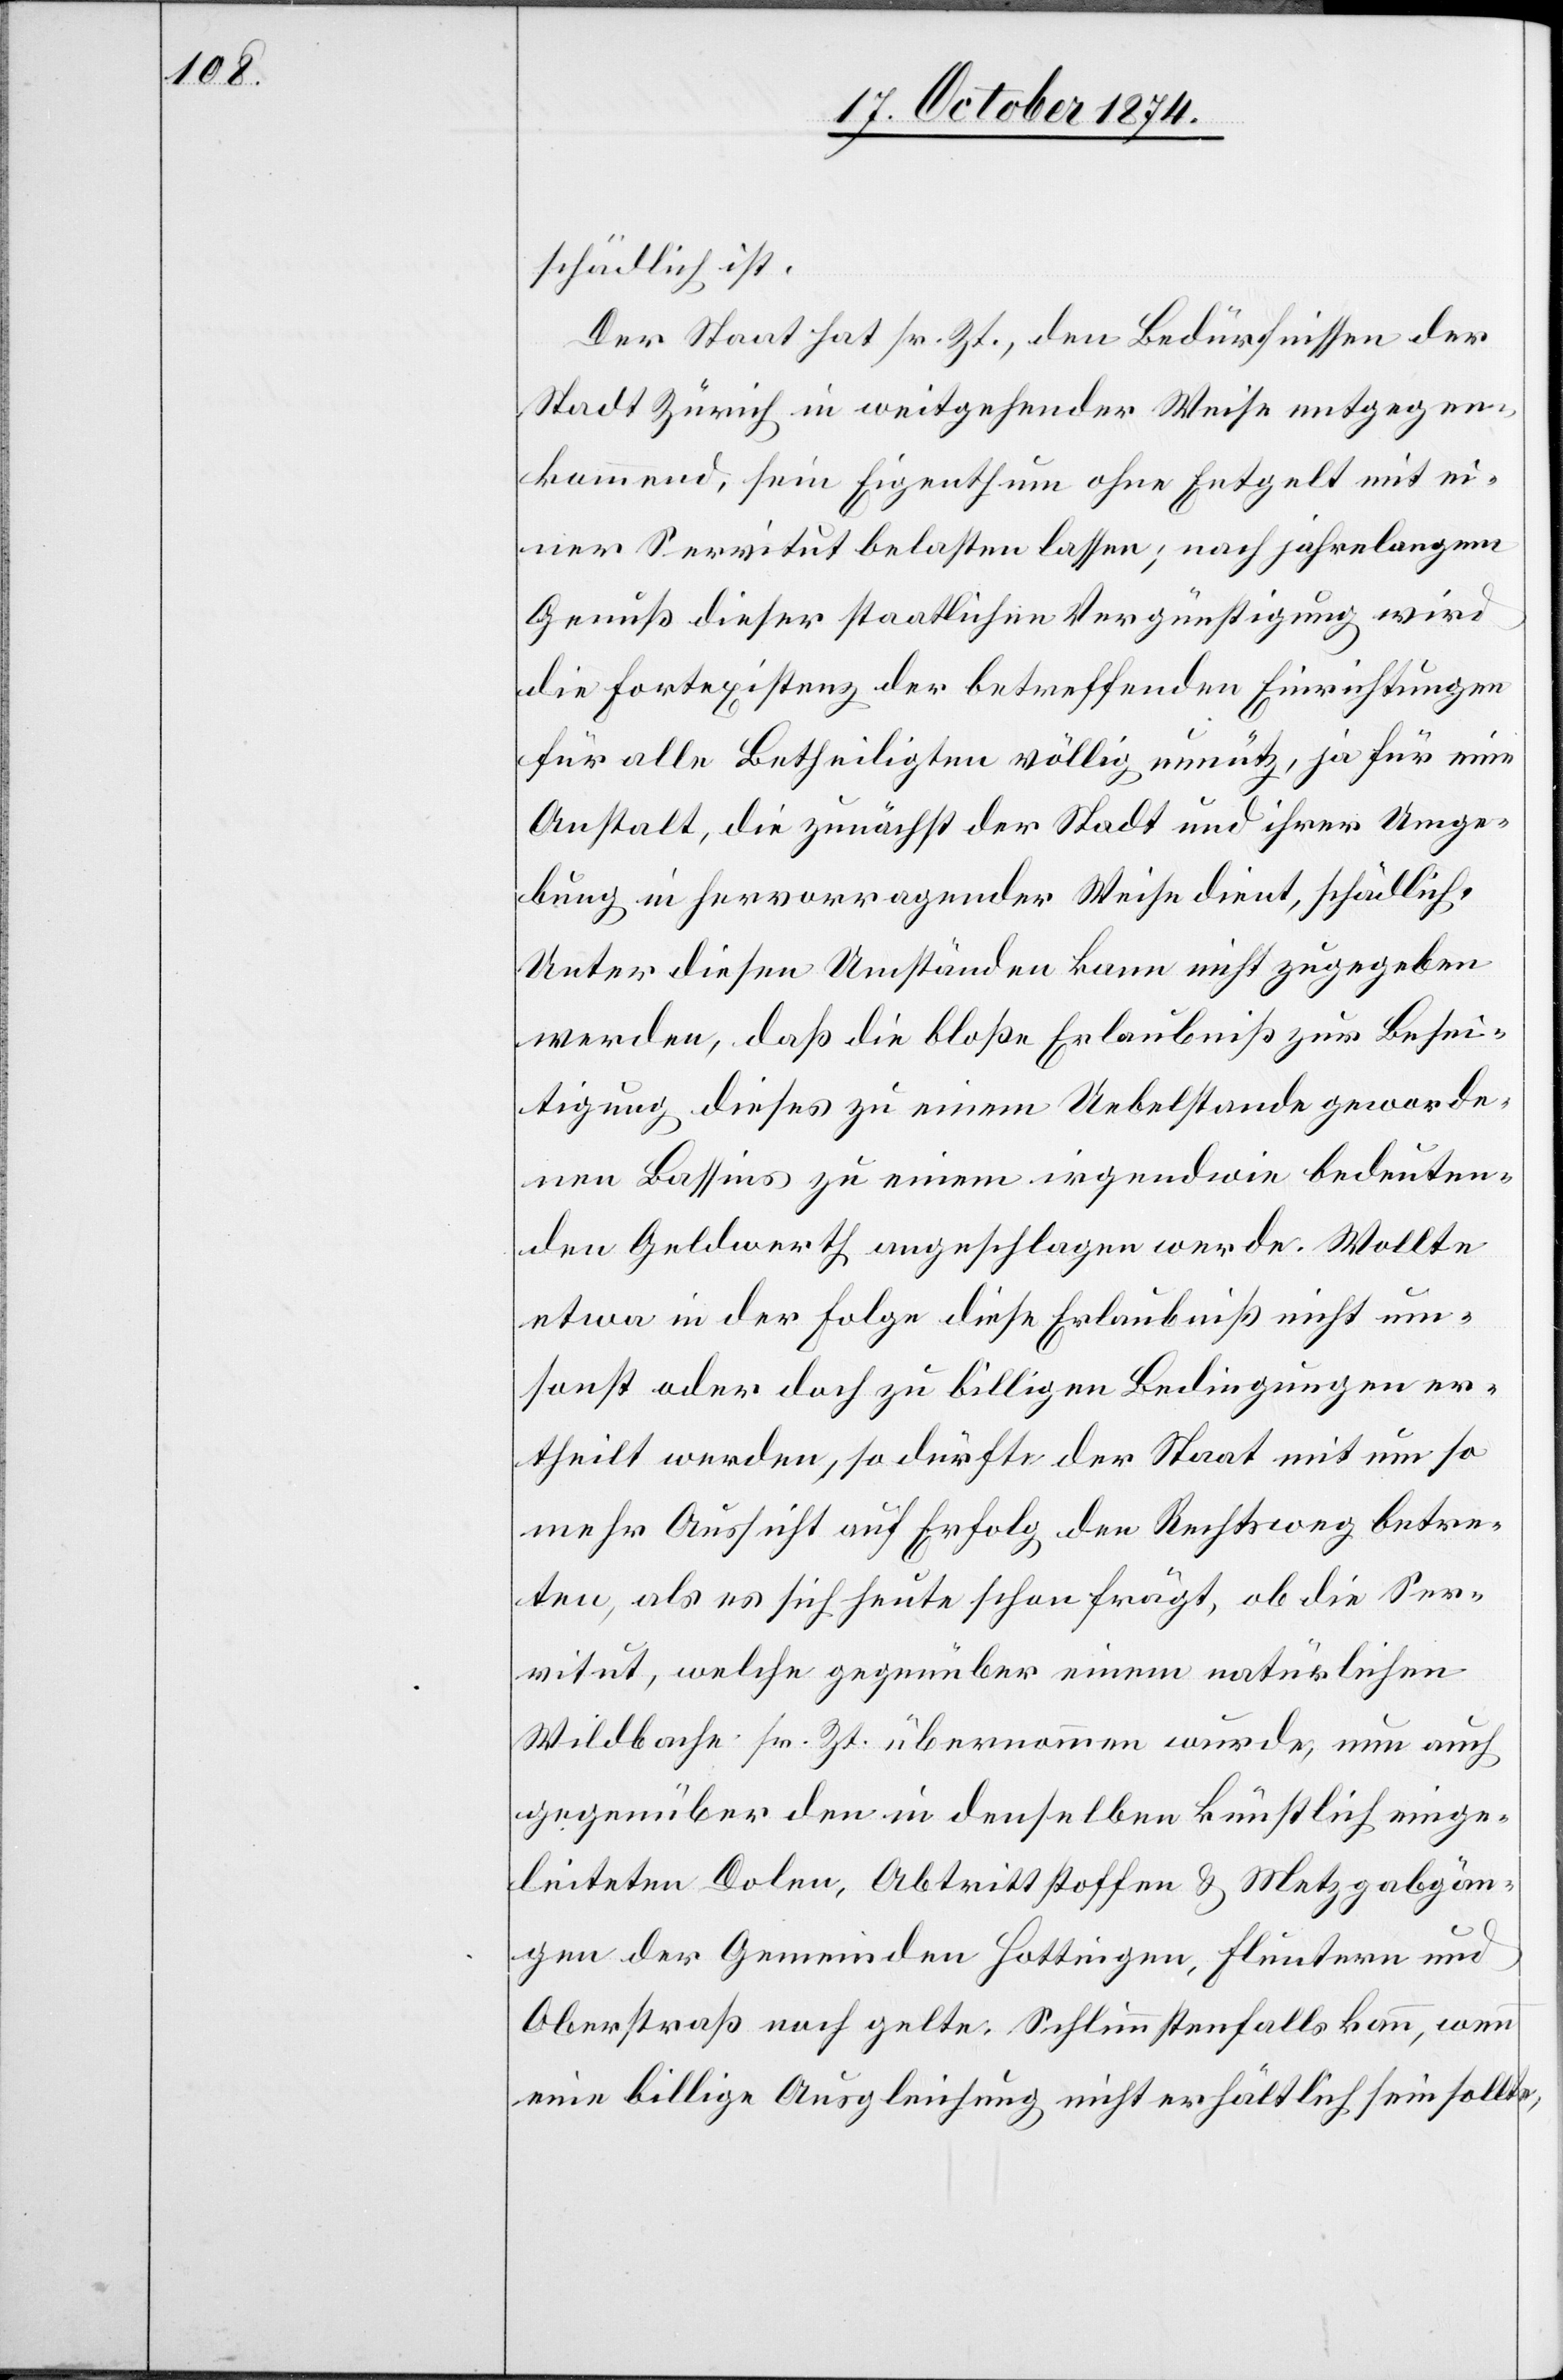
schädlich ist.
Der Staat hat sr. Zt., den Bedürfnissen der
Stadt Zürich in weitgehender Weise entgegen¬
kommend, sein Eigenthum ohne Entgelt mit ei¬
ner Servitut belasten lassen; nach jahrelangem
Genuß dieser staatlichen Vergünstigung wird
die Fortexistenz der betreffenden Einrichtungen
für alle Betheiligten völlig unnütz, ja für eine
Anstalt, die zunächst der Stadt und ihrer Umge¬
bung in hervorragender Weise dient, schädlich.
Unter diesen Umständen kann nicht zugegeben
werden, daß die bloße Erlaubniß zur Besei¬
tigung dieses zu einem Uebelstande geworde¬
nen Bassins zu einem irgendwie bedeuten¬
den Geldwerth angeschlagen werde. Wollte
etwa in der Folge diese Erlaubniß nicht um¬
sonst oder doch zu billigen Bedingungen er¬
theilt werden, so dürfte der Staat mit um so
mehr Aussicht auf Erfolg den Rechtsweg betre¬
ten, als es sich heute schon frägt, ob die Ser¬
vitut, welche gegenüber einem natürlichen
Wildbache sr. Zt. übernommen wurde, nun auch
gegenüber den in denselben künstlich einge¬
leiteten Dolen, Abtrittstoffen & Metzgabgän¬
gen der Gemeinden Hottingen, Fluntern und
Oberstraß noch gelte. Schlimmstenfalls kann, wenn
eine billige Ausgleichung nicht erhältlich sein sollte,